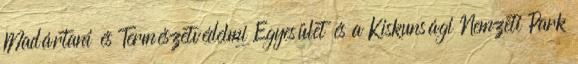
Madártani és Természetvédelmi Egyesület és a Kiskunsági Nemzeti Park